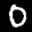
Label: 0